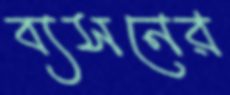
ব্যসনের